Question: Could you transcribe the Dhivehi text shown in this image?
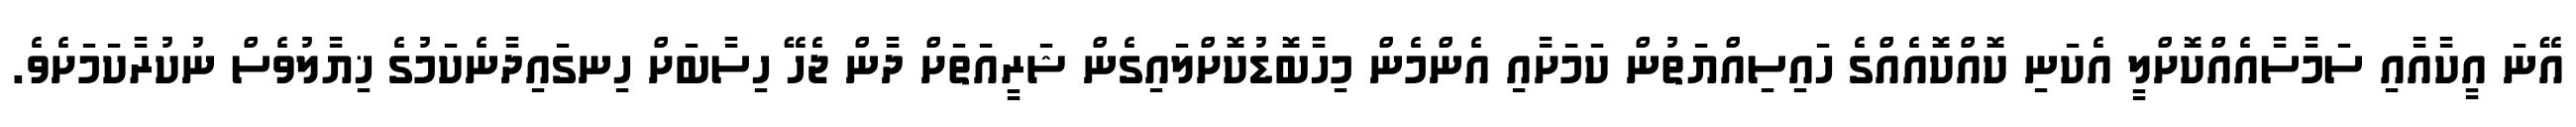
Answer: އޭނަ އީކާއާއި ސަމާސާއެއްކޮށްލީ އެކަނި ކޮއްކޮއެއްގެ ހައިސިއްޔަތުން ކަމަށާއި އެންމެން މިހާބޮޑުކޮށްލައިގެން ޝަރީއަތަށް ދާން ޖެހޭ ހިސާބަށް ހިނގައިދާނެކަމުގެ ޚިޔާލުވެސް ނުކުރާކަމަށެވެ.